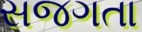
સજગતા